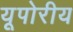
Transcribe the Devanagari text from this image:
यूपोरीय